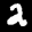
Label: 2